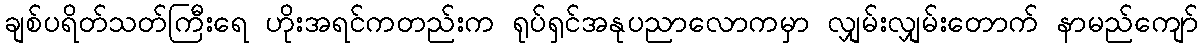
ချစ်ပရိတ်သတ်ကြီးရေ ဟိုးအရင်ကတည်းက ရုပ်ရှင်အနုပညာလောကမှာ လျှမ်းလျှမ်းတောက် နာမည်ကျော်